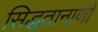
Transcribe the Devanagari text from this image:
सिद्धतानाणी